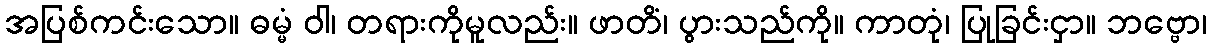
အပြစ်ကင်းသော။ ဓမ္မံ ဝါ၊ တရားကိုမူလည်း။ ဖာတိံ၊ ပွားသည်ကို။ ကာတုံ၊ ပြုခြင်းငှာ။ ဘဗ္ဗော၊